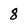
Character: 8